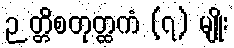
ဉတ္တိစတုတ္ထကံ (၇) မျိုး